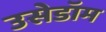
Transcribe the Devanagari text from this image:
उसेडॉम